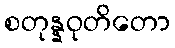
စတုန္နဝုတိတော